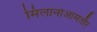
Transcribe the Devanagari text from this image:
मिलानोआमतौर